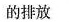
的排放